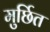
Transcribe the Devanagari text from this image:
मुर्छित